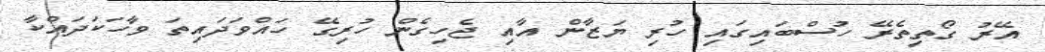
އޭރު ގޯތިތެރޭ ހުސްބައިގައި ހުރި ޔަޒާން އާއި ޖެހިގެން ހުރިގޭ ހައްވަދައިތަ ވާހަކަދައްކާ